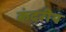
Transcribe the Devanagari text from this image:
कंदरीय